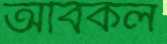
অবিকল